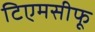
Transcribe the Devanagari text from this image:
टिएमसीफू